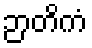
ဉာတိကံ